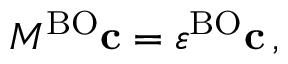
M ^ { \mathrm { B O } } \mathbf { c } = \varepsilon ^ { \mathrm { B O } } \mathbf { c } \, ,